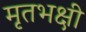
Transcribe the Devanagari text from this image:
मृतभक्षी